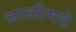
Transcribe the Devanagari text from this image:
जाळीमधे